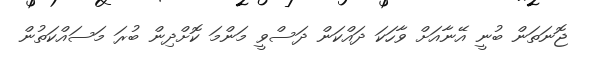
ޖޮނަތަން ބުނީ އޭނާއަށް ވާހަކަ ދައްކަން ދަސްވީ މަންމަ ކޮށްދިން ބުރަ މަސައްކަތުން